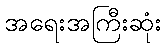
အရေးအကြီးဆုံး